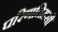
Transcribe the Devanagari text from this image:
परिणतिमसौ